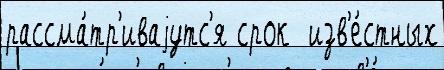
рассма́тр'иваjутс'я срок  изв'е́стных